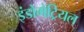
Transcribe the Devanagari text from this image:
इंडोमेट्रियल